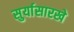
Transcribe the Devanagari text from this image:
सुर्यासारखे